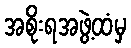
အစိုးရအဖွဲ့ထံမှ